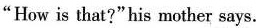
"How is that?"his mother says.